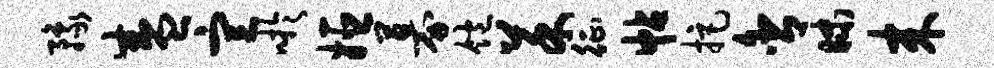
豫盛宣吁姬募饱菜征帖拒舍昧来